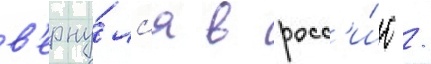
в'ерну́лс'я в росс'и́ю /